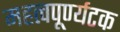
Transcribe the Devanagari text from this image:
महत्वपूर्ण्यटक